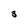
Character: S